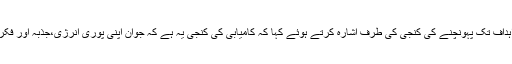
رہبر انقلاب نے ان جوان طلباء کو اپنے معینہ اہداف تک پہونچنے کی کنجی کی طرف اشارہ کرتے ہوئے کہا کہ کامیابی کی کنجی یہ ہے کہ جوان اپنی پوری انرژی،جذبہ اور فکر و کوشش کے ساتھ ہر میدان میں حاضر رہیں۔